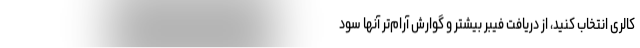
کالری انتخاب کنید، از دریافت فیبر بیشتر و گوارش آرام‌تر آنها سود